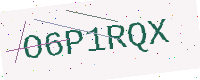
Text: O6P1RQX